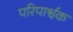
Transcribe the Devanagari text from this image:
परिपार्श्वक